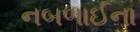
નબળાઈના